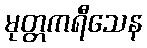
မုတ္တကရီသေန